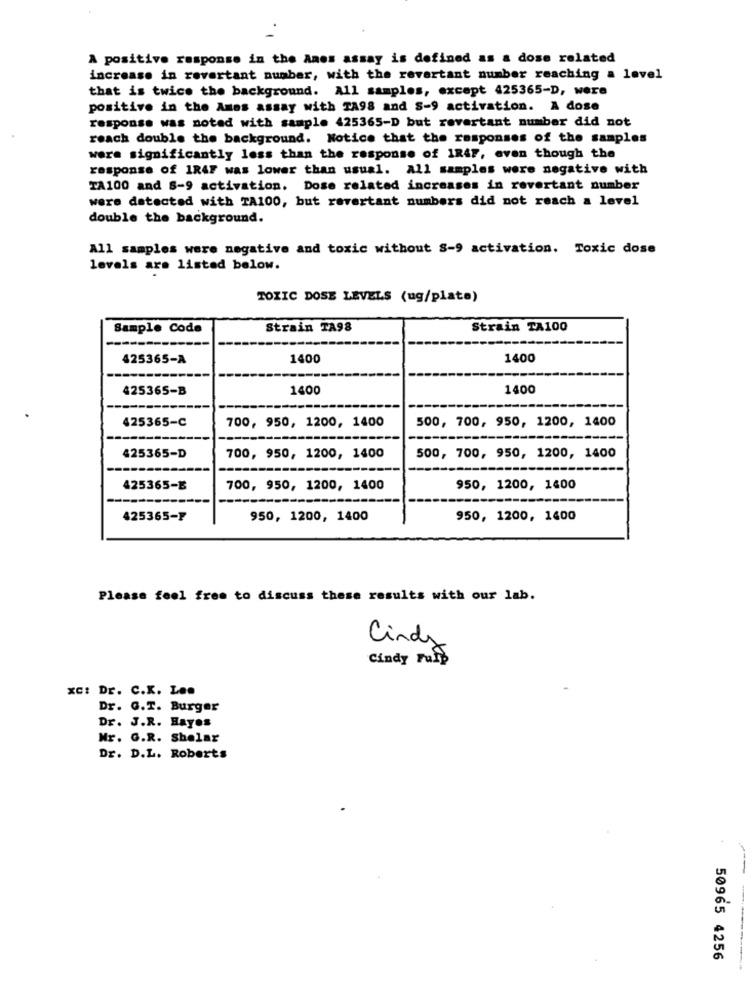
A positive response in the Anos assay is defined as a dose related
increase in revertant number, with the revertant number reaching a level
that is twice the background. All samples, except 425365-D, were
positive in the Ames assay with TA98 and S-9 activation. A dose
response was noted with sample 425365-D but revertant number did not
reach double the background. Notice that the responses of the samples
were significantly less than the response of IR4F, even though the
response of 1R4F was lower than usual. all samples were negative with
TA100 and S-9 activation. Dose related increases in revertant number
were detected with TA100, but revertant numbers did not reach a level
double the background.
All samples were negative and toxic without S-9 activation. Toxic dose
levels are listed below.
TOXIC DOSE LEVELS (ug/plate)
Sample Code
Strain TA98
Strain TA100
425365-A
1400
1400
425365-B
1400
1400
500, 700, 950, 1200, 1400
425365-C
700, 950, 1200, 1400
425365-D
700, 950, 1200, 1400
500, 700, 950, 1200, 1400
----
425365-1
700, 950, 1200, 1400
950, 1200, 1400
425365-F
950, 1200, 1400
950, 1200, 1400
Please feel free to discuss these results with our lab.
Cindy
Cindy Fulp
XC: Dr. C.K. L ..
Dr. G.T. Burger
Dr. J.R. Hayos
Mr. G.R. Shelar
Dr. D.L. Roberts
50965 4256